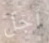
أجل